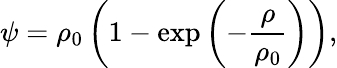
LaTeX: \psi=\rho_{0}\left(1-\exp\left(-\frac{\rho}{\rho_{0}}\right)\right),